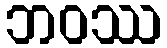
ဘဝဿ